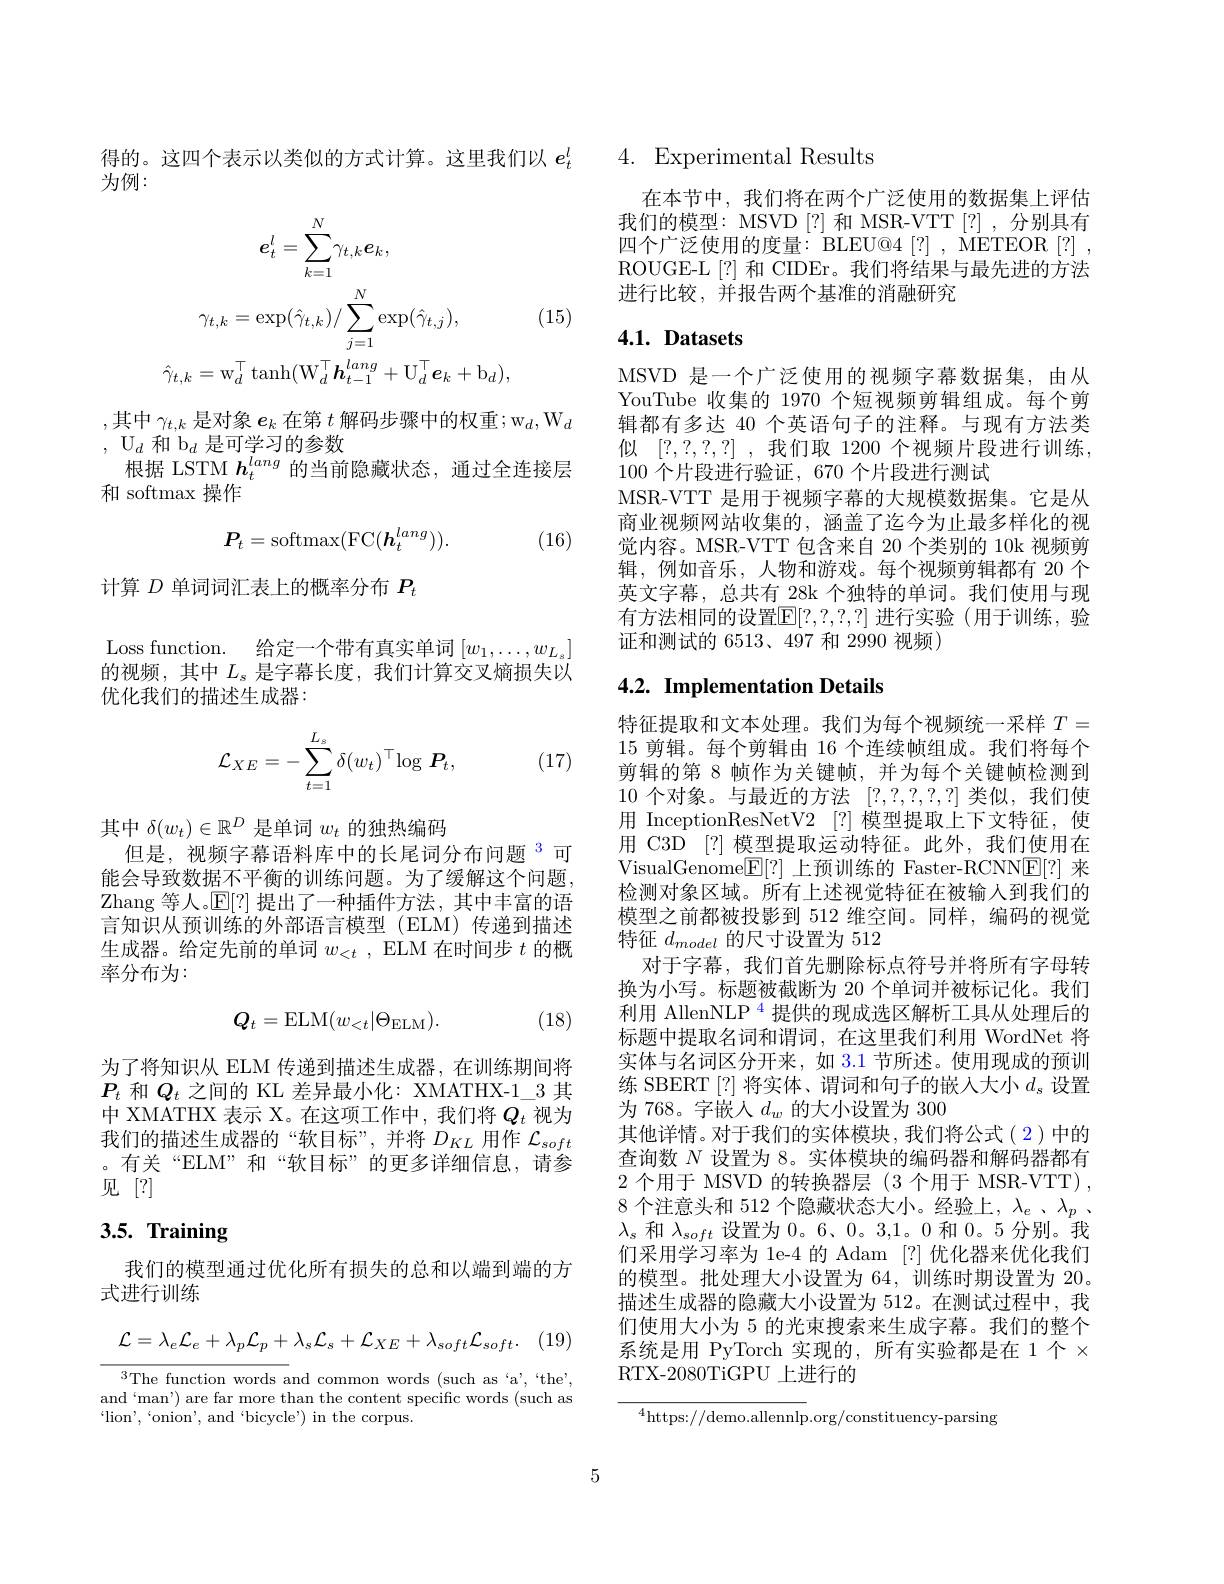
为例：
$$e_{t}^{l}=\sum_{k=1}^{N}\gamma_{t,k}e_{k},\\\gamma_{t,k}=\exp(\hat{\gamma}_{t,k})/\sum_{j=1}^{N}\exp(\hat{\gamma}_{t,j}),\\\hat{\gamma}_{t,k}=\mathrm{w}_{d}^{\top}\operatorname{tanh}(\mathrm{W}_{d}^{\top}\boldsymbol{h}_{t-1}^{lang}+\mathrm{U}_{d}^{\top}\boldsymbol{e}_{k}+\mathrm{b}_{d}),$$
(15)

其中$\gamma_t,k$是对象$e_k$在第$t$解码步骤中的权重$;\mathrm w_d,\mathrm W_d$
,U$_d$和$\mathrm b_d$是可学习的参数
根据 LSTM $h_t^{lang}$的当前隐藏状态，通过全连接层
和 softmax 操作

(16)
$$P_t=\mathrm{softmax}(\mathrm{FC}(\boldsymbol{h}_t^{lang})).$$
计算$D$单词词汇表上的概率分布$P_t$

Loss function. 给定一个带有真实单词$[w_1,\ldots,w_{L_s}]$ 的视频，其中$L_s$是字幕长度，我们计算交叉熵损失以优化我们的描述生成器：

(17)
$$\mathcal{L}_{XE}=-\sum_{t=1}^{L_s}\delta(w_t)^\top\log\boldsymbol{P}_t,$$
其中$\delta(w_t)\in\mathbb{R}^D$是单词$w_t$的独热编码
但是，视频字幕语料库中的长尾词分布问题$^{3}$可能会导致数据不平衡的训练问题。为了缓解这个问题， Zhang 等人。$\mathbb{E}[?]$提出了一种插件方法，其中丰富的语言知识从预训练的外部语言模型(ELM)传递到描述生成器。给定先前的单词$w_<t$, ELM 在时间步$t$的概率分布为：

(18)
$$Q_t=\mathrm{ELM}(w_{<t}|\Theta_{\mathrm{ELM}}).$$
为了将知识从 ELM 传递到描述生成器，在训练期间将$P_t$和$Q_t$之间的 KL 差异最小化：XMATHX-1\_3 其中 XMATHX 表示 X。在这项工作中，我们将$Q_t$视为我们的描述生成器的“软目标”,并将$D_{KL}$用作$\mathcal{L}_{soft}$ 。有关“ELM”和“软目标”的更多详细信息，请参见[?]

# 3.5. Training

我们的模型通过优化所有损失的总和以端到端的方
式进行训练
$$\mathcal{L}=\lambda_{e}\mathcal{L}_{e}+\lambda_{p}\mathcal{L}_{p}+\lambda_{s}\mathcal{L}_{s}+\mathcal{L}_{XE}+\lambda_{soft}\mathcal{L}_{soft}.$$
$^{3}$The function words and common words (such as 'a', “the', and‘man’) are far more than the content specific words (such as $`$lion',“onion', and‘bicycle’) in the corpus.

得的。这四个表示以类似的方式计算。这里我们以$e_t^l$ 4. Experimental Results

在本节中，我们将在两个广泛使用的数据集上评估我们的模型：MSVD [?] 和 MSR-VTT [?] ,分别具有四个广泛使用的度量：BLEU@4[?], METEOR[?] , ROUGE-L[?] 和 CIDEr。我们将结果与最先进的方法进行比较，并报告两个基准的消融研究

## 4.1. Datasets

MSVD 是一个广泛使用的视频字幕数据集，由从YouTube 收集的 1970 个短视频剪辑组成。每个剪辑都有多达 40 个英语句子的注释。与现有方法类似[?,?,?,?] ,我们取 1200 个视频片段进行训练， 100个片段进行验证，670 个片段进行测试
MSR-VTT 是用于视频字幕的大规模数据集。它是从商业视频网站收集的，涵盖了迄今为止最多样化的视觉内容。MSR-VTT 包含来自 20 个类别的 10k 视频剪辑，例如音乐，人物和游戏。每个视频剪辑都有 20 个英文字幕，总共有 28k 个独特的单词。我们使用与现有方法相同的设置$\mathbb{E}[?,?,?,?]$ 进行实验 (用于训练，验证和测试的 6513、497 和 2990 视频)

## 4.2. Implementation Details

特征提取和文本处理。我们为每个视频统一采样$T=$ 15 剪辑。每个剪辑由 16 个连续帧组成。我们将每个剪辑的第 8 帧作为关键帧，并为每个关键帧检测到10个对象。与最近的方法[?,?,?,?,?]类似，我们使用 InceptionResNetV2 [?] 模型提取上下文特征，使用 C3D [?] 模型提取运动特征。此外，我们使用在VisualGenome$\underline{\mathbb{F}}[?]$上预训练的 Faster-RCNN$\underline{\mathbb{E}}[?]$来检测对象区域。所有上述视觉特征在被输人到我们的模型之前都被投影到 512 维空间。同样，编码的视觉特征$d_{model}$的尺寸设置为 512
对于字幕，我们首先删除标点符号并将所有字母转换为小写。标题被截断为 20 个单词并被标记化。我们利用 AllenNLP $^{\color{red}{4}}$提供的现成选区解析工具从处理后的标题中提取名词和谓词，在这里我们利用 WordNet 将实体与名词区分开来，如 3.1 节所述。使用现成的预训练 SBERT [?] 将实体、谓词和句子的嵌入大小$d_\mathrm{s}$设置为 768。字嵌人$d_w$的大小设置为 300
其他详情。对于我们的实体模块，我们将公式(2)中的查询数$N$设置为 8。实体模块的编码器和解码器都有2个用于 MSVD 的转换器层 (3 个用于 MSR-VTT), 8 个注意头和 512 个隐藏状态大小。经验上，$\lambda_e$ 、$\lambda_p$ 、 $\lambda_{s}$和$\lambda_soft$设置为0。6、0。3,1。0和0。5 分别。我们采用学习率为 1e-4 的 Adam [?]优化器来优化我们的模型。批处理大小设置为 64, 训练时期设置为 20。描述生成器的隐藏大小设置为 512。在测试过程中，我们使用大小为 5 的光束搜索来生成字幕。我们的整个系统是用 PyTorch 实现的，所有实验都是在 1 个$\times$ RTX-2080TiGPU 上进行的

$^{4}$https://demo.allennlp.org/constituency-parsing

5